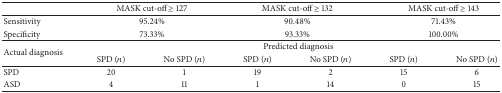
<table><thead><tr><td><b> </b></td><td colspan="2"><b>MASK cut-off ≥ 127</b></td><td colspan="2"><b>MASK cut-off ≥ 132</b></td><td colspan="2"><b>MASK cut-off ≥ 143</b></td></tr></thead><tbody><tr><td>Sensitivity</td><td colspan="2">95.24%</td><td colspan="2">90.48%</td><td colspan="2">71.43%</td></tr><tr><td>Specificity</td><td colspan="2">73.33%</td><td colspan="2">93.33%</td><td colspan="2">100.00%</td></tr><tr><td rowspan="2">Actual diagnosis</td><td colspan="6">Predicted diagnosis</td></tr><tr><td>SPD (<i>n</i>)</td><td>No SPD (<i>n</i>)</td><td>SPD (<i>n</i>)</td><td>No SPD (<i>n</i>)</td><td>SPD (<i>n</i>)</td><td>No SPD (<i>n</i>)</td></tr><tr><td>SPD </td><td>20</td><td>1</td><td>19</td><td>2</td><td>15</td><td>6</td></tr><tr><td>ASD </td><td>4</td><td>11</td><td>1</td><td>14</td><td>0</td><td>15</td></tr></tbody></table>